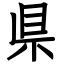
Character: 県